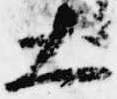
大